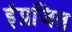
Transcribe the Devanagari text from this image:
इंग्रजित